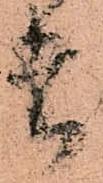
者